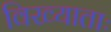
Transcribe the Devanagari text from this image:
विख्याताः